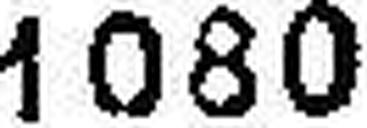
1080